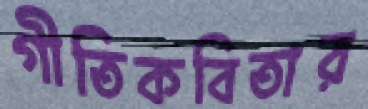
গীতিকবিতার